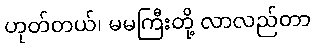
ဟုတ်တယ်၊ မမကြီးတို့ လာလည်တာ